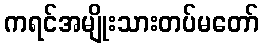
ကရင်အမျိုးသားတပ်မတော်